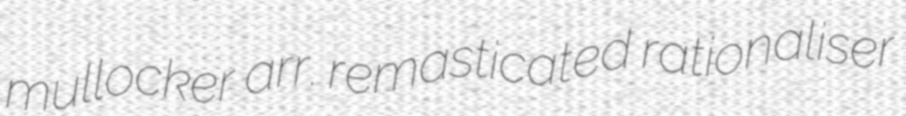
mullocker arr. remasticated rationaliser